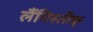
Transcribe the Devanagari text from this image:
लैंगिस्तीक्